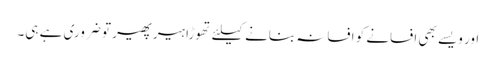
اور ویسے بھی افسانے کو افسانہ بنانے کیلئے تھوڑا ہیر پھیر تو ضروری ہے ہی۔